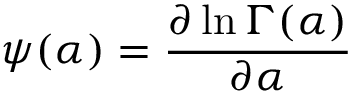
\psi ( \alpha ) = { \frac { \partial \ln \Gamma ( \alpha ) } { \partial \alpha } }